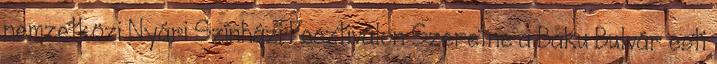
nemzetközi Nyári Színházi Fesztiválon Szeretne a Baku Bulvár esti